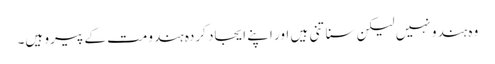
وہ ہندو نہیں لیکن سناتنی ہیں اور اپنے ایجاد کردہ ہندومت کے پیرو ہیں۔